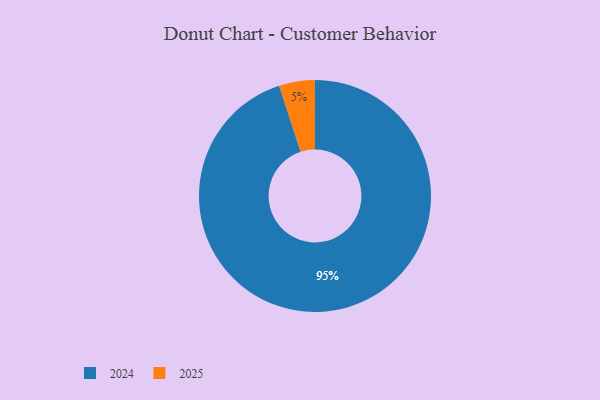
{"axis": {"x": "Category", "y": "Percentage"}, "legend": ["2024", "2025"], "data": [{"x": "2025", "y": 5, "type": "2025"}, {"x": "2024", "y": 95, "type": "2024"}]}